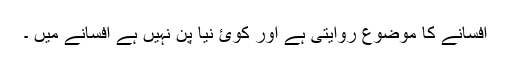
افسانے کا موضوع روایتی ہے اور کوئ نیا پن نہیں ہے افسانے میں ۔